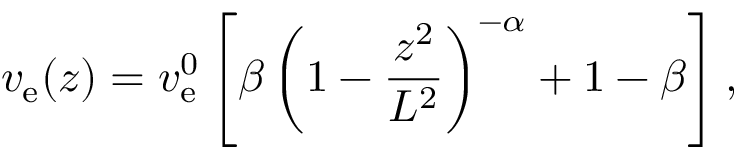
v _ { \mathrm { e } } ( z ) = v _ { \mathrm { e } } ^ { 0 } \left[ \beta \left( 1 - \frac { z ^ { 2 } } { L ^ { 2 } } \right) ^ { - \alpha } + 1 - \beta \right] ,